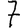
Digit: 7